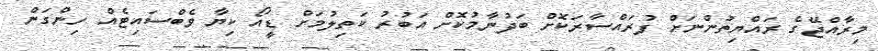
މިރާއްޖޭގެ ރައްޔިތުންނަށް ފުރައްސާރަކޮށް ބަދުނާމުކޮށް އަބުރު ކަތިލުމަށް ޑީއޯ ކިޔާ ވެބްސައިޓެއް ހިންގަން